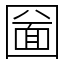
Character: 圙